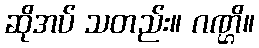
ဆိုအပ် သတည်း။ ဂဏ္ဌိ။